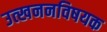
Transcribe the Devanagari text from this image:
उत्खननविषयक